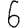
Digit: 6